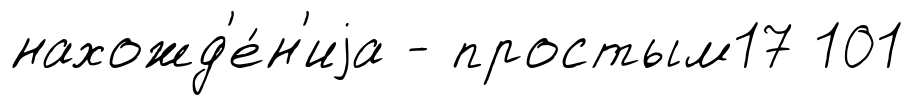
нахожд'е́н'иjа - простым17 101